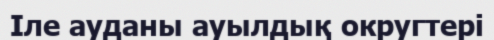
Іле ауданы ауылдық округтері